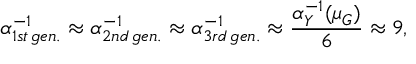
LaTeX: \alpha _ { 1 s t \, g e n . } ^ { - 1 } \approx \alpha _ { 2 n d \, g e n . } ^ { - 1 } \approx \alpha _ { 3 r d \, g e n . } ^ { - 1 } \approx \frac { \alpha _ { Y } ^ { - 1 } ( \mu _ { G } ) } { 6 } \approx 9 ,